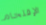
الإقتحام